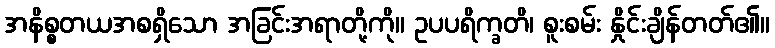
အနိစ္စတယအစရှိသော အခြင်းအရာတို့ကို။ ဥပပရိက္ခတိ၊ စူးစမ်း နှိုင်းချိန်တတ်၏။